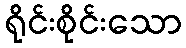
ရိုင်းစိုင်းသော